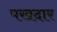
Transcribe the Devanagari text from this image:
पखदार